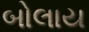
બોલાય